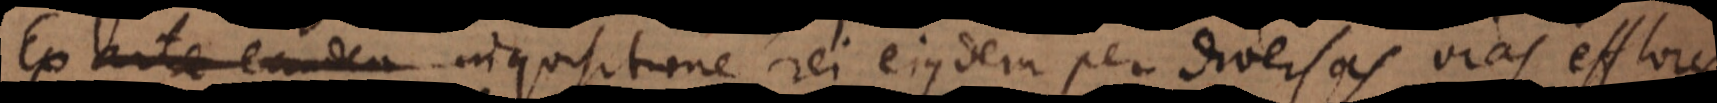
Ex arte eandem inquisitione rei ejusdem per diversas vias efflorescit